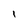
Character: I